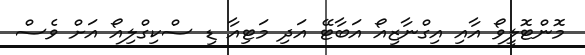
މޮންޓޮލީވޯ އާއި އިގްނާޒިއޯ އަބާޓޭ އަދި މަޓިއާ ޑި ސްކިގްލިއޯ އަށް ވެސް